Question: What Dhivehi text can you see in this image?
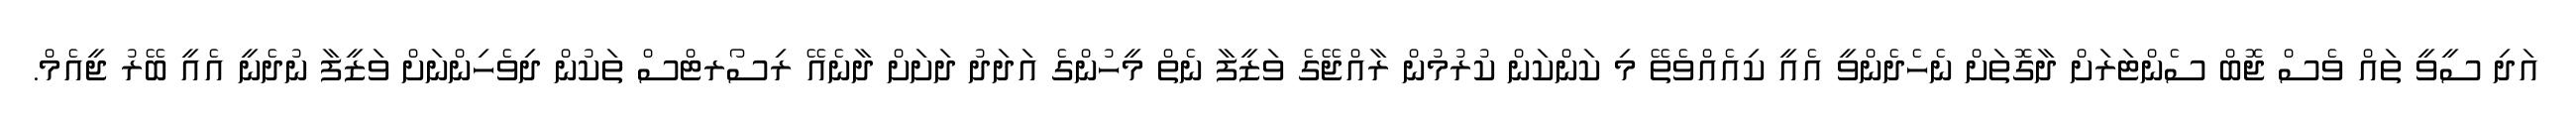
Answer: އަދި ސީވީ ތައް ވެސް ޖޮބް ސެންޓަރަށް ދާގޮތަށް ނެހެދެންވީ އެއީ ކިއެއްވެތޭ މި ކަންކަން ކުރުމުން ރާއްޖޭގެ ވަޒީފާ ނެތް މީހުންގެ އަދަދު ދަށަށް ދާނެއޭ ރިސޯރޓްސް ތަކުން ދިވެހިންނަށް ވަޒީފާ ނުދެނީ އެއީ ބޭރު ޖީއެމް.